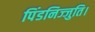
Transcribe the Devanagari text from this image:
पिंडनिज्जुति।